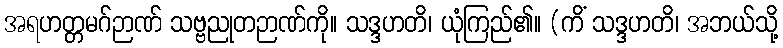
အရဟတ္တမဂ်ဉာဏ် သဗ္ဗညုတဉာဏ်ကို။ သဒ္ဒဟတိ၊ ယုံကြည်၏။ (ကိံ သဒ္ဒဟတိ၊ အဘယ်သို့